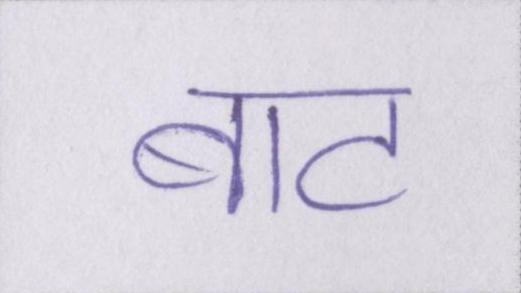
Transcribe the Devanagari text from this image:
बाट